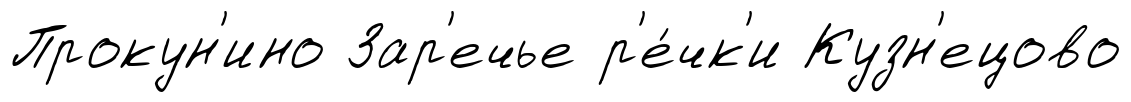
Прокун'ино Зар'ечье р'е́чк'и Кузн'ецово